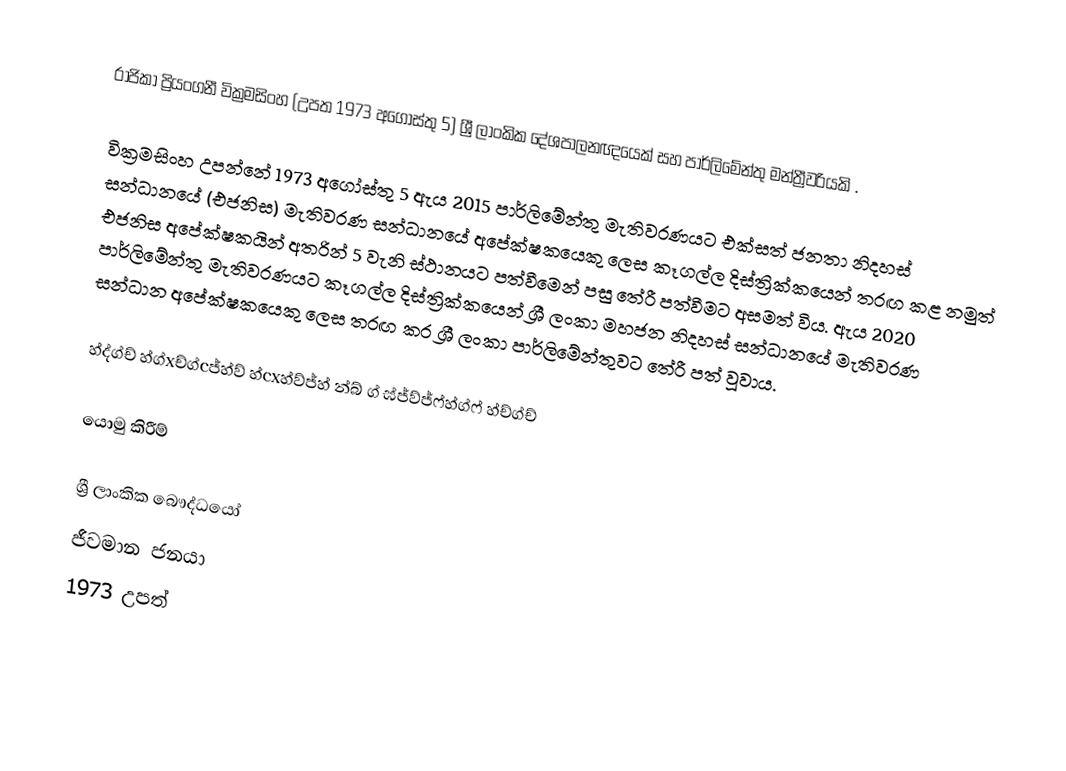
රාජිකා ප්‍රියංගනී වික්‍රමසිංහ (උපත 1973 අගෝස්තු 5) ශ්‍රී ලාංකික දේශපාලනඥයෙක් සහ පාර්ලිමේන්තු මන්ත්‍රීවරියකි .

වික්‍රමසිංහ උපන්නේ 1973 අගෝස්තු 5  ඇය 2015 පාර්ලිමේන්තු මැතිවරණයට එක්සත් ජනතා නිදහස් සන්ධානයේ (එජනිස) මැතිවරණ සන්ධානයේ අපේක්ෂකයෙකු ලෙස කෑගල්ල දිස්ත්‍රික්කයෙන් තරඟ කළ නමුත් එජනිස අපේක්ෂකයින් අතරින් 5 වැනි ස්ථානයට පත්වීමෙන් පසු තේරී පත්වීමට අසමත් විය.    ඇය 2020 පාර්ලිමේන්තු මැතිවරණයට කෑගල්ල දිස්ත්‍රික්කයෙන් ශ්‍රී ලංකා මහජන නිදහස් සන්ධානයේ මැතිවරණ සන්ධාන අපේක්ෂකයෙකු ලෙස තරඟ කර ශ්‍රී ලංකා පාර්ලිමේන්තුවට තේරී පත් වූවාය.

හ්ද්ග්ච් හ්ග්xච්ග්cජ්හ්ව් හ්cxහ්ව්ජ්හ් න්බ් ග් ඝ්ජ්ව්ජ්ෆ්හ්ග්ෆ් හ්ච්ග්ච්

යොමු කිරීම්

ශ්‍රී ලාංකික බෞද්ධයෝ
ජීවමාන ජනයා
1973 උපත්